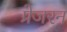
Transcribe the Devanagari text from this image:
प्रेजरन